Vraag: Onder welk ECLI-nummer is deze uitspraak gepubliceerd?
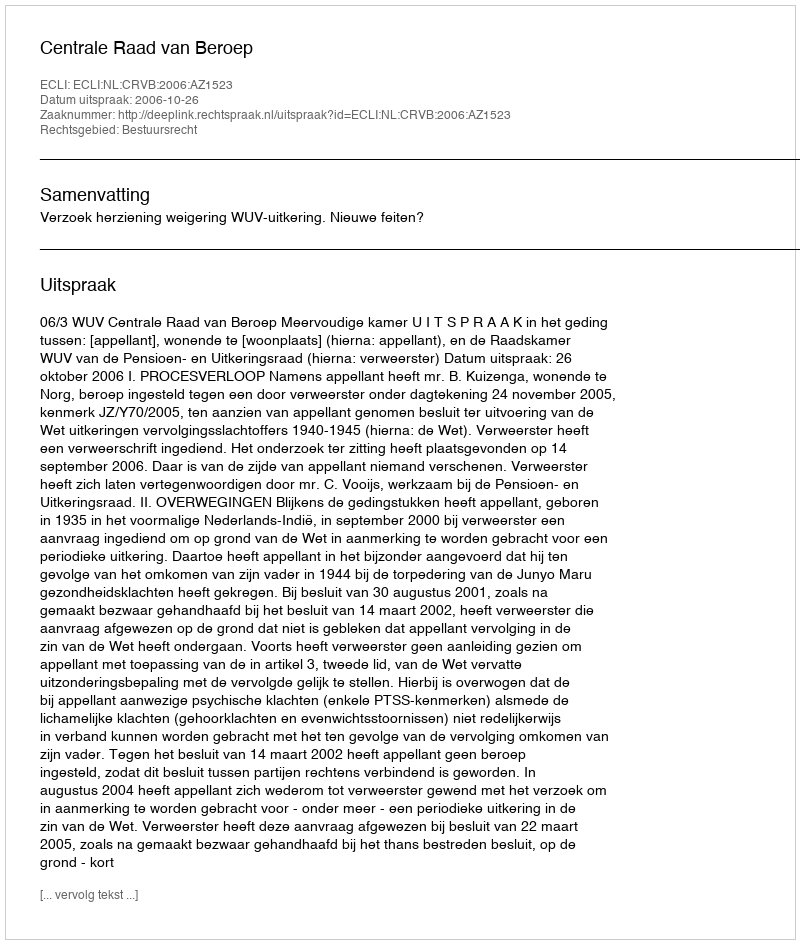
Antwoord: ECLI:NL:CRVB:2006:AZ1523